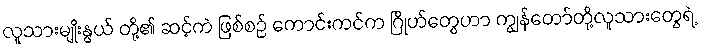
လူသားမျိုးနွယ် တို့၏ ဆင့်ကဲ ဖြစ်စဉ် ကောင်းကင်က ဂြိုဟ်တွေဟာ ကျွန်တော်တို့လူသားတွေရဲ့